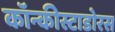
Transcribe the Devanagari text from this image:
कॉन्कीस्टाडोरस